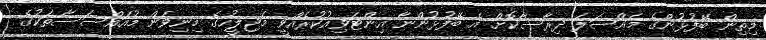
މިތިން ބޭފުޅުންގެ މައްސަލަ ދިރާސާކޮށް އެ ބޭފުޅުންނާ އިންޓަވިއުކުރެއްވީ މަޖިލީހުގެ މިނިވަން މުއައްސަސާތަކުގެ